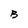
Character: B